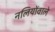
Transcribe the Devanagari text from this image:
नलियोंवाले